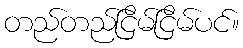
တည်တည်ငြိမ်ငြိမ်ပင်။